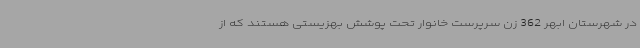
در شهرستان ابهر 362 زن سرپرست خانوار تحت پوشش بهزیستی هستند که از